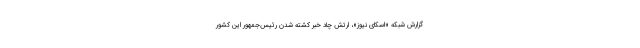
گزارش شبکه «اسکای نیوز»، ارتش چاد خبر کشته شدن رئیس‌جمهور این کشور